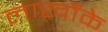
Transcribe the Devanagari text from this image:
लाखोंके